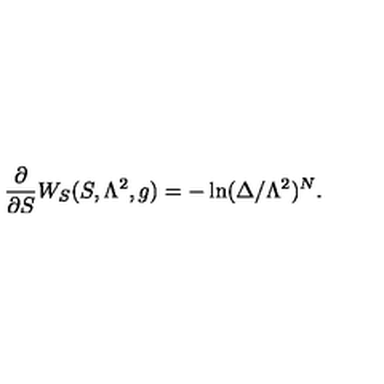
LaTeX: { \frac { \partial } { \partial S } } W _ { S } ( S , \Lambda ^ { 2 } , g ) = - \ln ( \Delta / \Lambda ^ { 2 } ) ^ { N } .